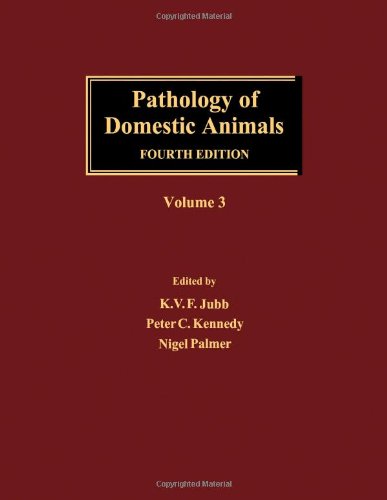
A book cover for Pathology of Domestic Animals, Three-Volume Set: Pathology of Domestic Animals, Volume 3, Fourth Edition; Medical Books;